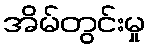
အိမ်တွင်းမှု